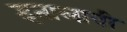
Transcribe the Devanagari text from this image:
इतालावी